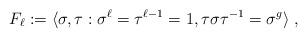
LaTeX: \begin{align*}F_{\ell} := \langle \sigma, \tau : \sigma^{\ell} = \tau^{\ell - 1} = 1, \tau \sigma \tau^{-1} = \sigma^g \rangle\;,\end{align*}